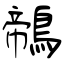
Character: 鶙